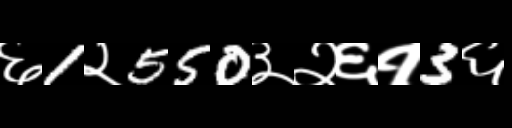
Text: ६1२550३२६१3६